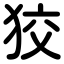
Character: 狡